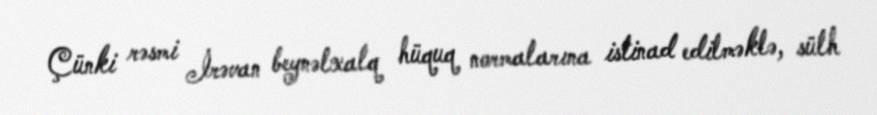
Çünki rəsmi İrəvan beynəlxalq hüquq normalarına istinad edilməklə, sülh